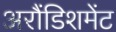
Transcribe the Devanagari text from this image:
अरौंडिशमेंट